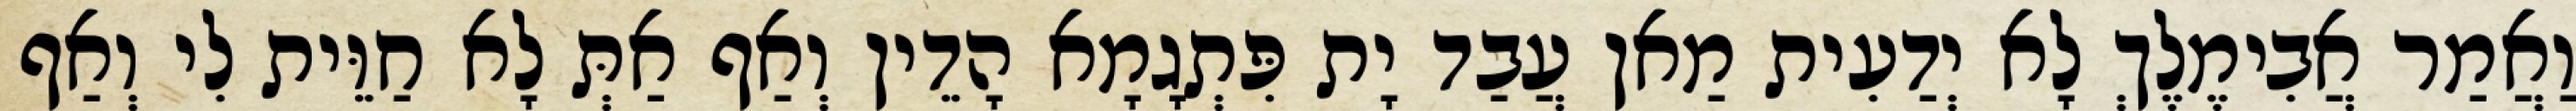
וַאֲמַר אֲבִימֶלֶךְ לָא יְדַעִית מַאן עֲבַד יָת פִּתְגָמָא הָדֵין וְאַף אַתְּ לָא חַוֵּית לִי וְאַף